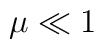
\mu \ll1 \protect \protect \protect \protect